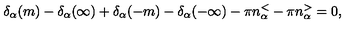
\delta _ { \alpha } ( m ) - \delta _ { \alpha } ( \infty ) + \delta _ { \alpha } ( - m ) - \delta _ { \alpha } ( - \infty ) - \pi n _ { \alpha } ^ { < } - \pi n _ { \alpha } ^ { > } = 0 ,